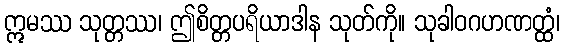
ဣမဿ သုတ္တဿ၊ ဤစိတ္တပရိယာဒါန သုတ်ကို။ သုခါဝဂဟဏတ္ထံ၊